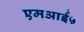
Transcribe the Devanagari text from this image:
एमआई५